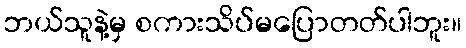
ဘယ်သူနဲ့မှ စကားသိပ်မပြောတတ်ပါဘူး။